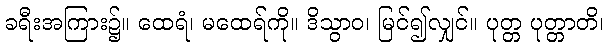
ခရီးအကြား၌။ ထေရံ၊ မထေရ်ကို။ ဒိသွာဝ၊ မြင်၍လျှင်။ ပုတ္တ ပုတ္တာတိ၊